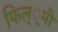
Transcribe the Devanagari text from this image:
फिल््मी